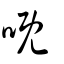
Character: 嘅